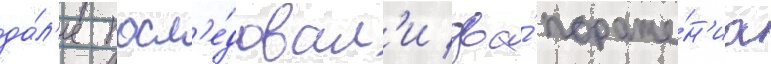
да́л'ее посл'е́довал'и два́ пораже́н'иа